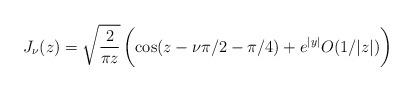
LaTeX: \begin{align*}J_\nu(z)=\sqrt{\frac{2}{\pi z}}\, \bigg(\!\cos(z-\nu\pi/2-\pi/4)+e^{|y|}O(1/|z|)\bigg)\end{align*}